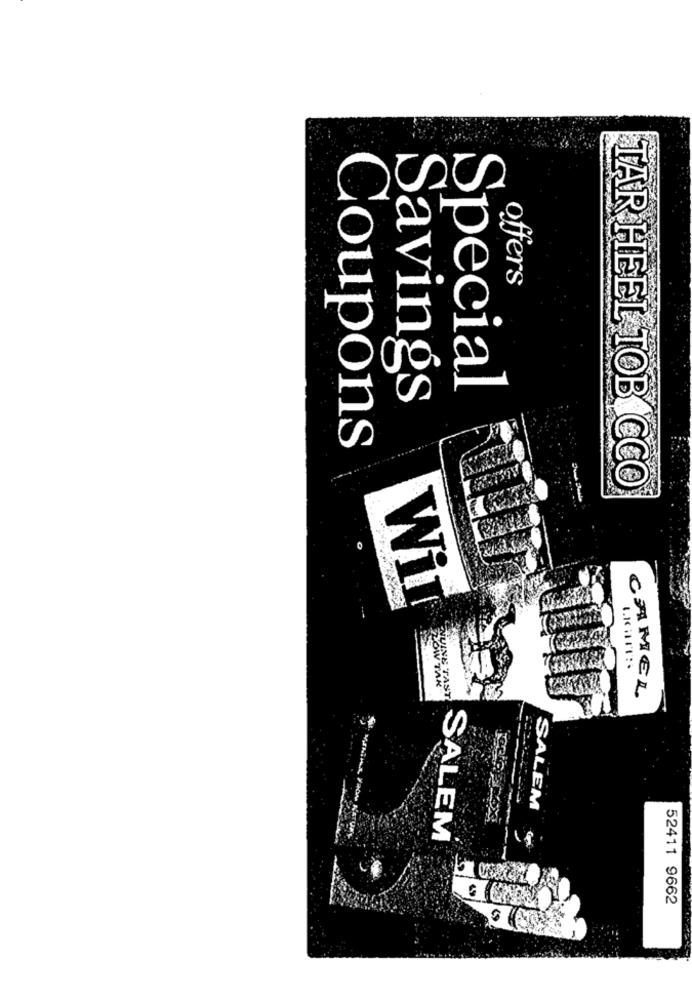
offers
Special
Savings
Coupons
TAR HEEL TOB CCO
Wir
JINE T
LOW TAK
AST
CAMEL
SALEM
SALEM
52411 9662